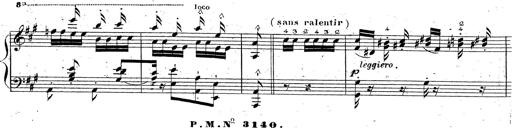
Title: Grande fantaisie sur la tyrolienne de l'opÃ©ra
Composer: Franz Liszt
Key: A major